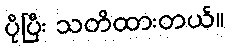
ပိုပြီး သတိထားတယ်။